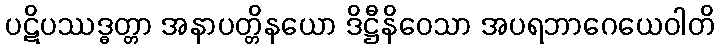
ပဋိပဿဒ္ဓတ္တာ အနာပတ္တိနယော ဒိဋ္ဌီနိဝေသာ အပရဘာဂေယေဝါတိ